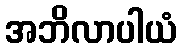
အဘိလာပါယံ